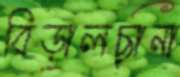
বিড়ালছানা